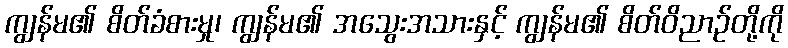
ကျွန်မ၏ စိတ်ခံစားမှု၊ ကျွန်မ၏ အသွေးအသားနှင့် ကျွန်မ၏ စိတ်ဝိညာဉ်တို့ကို